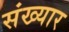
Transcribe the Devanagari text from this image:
संख्यार